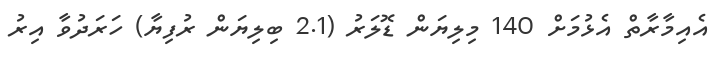
އެއިމާރާތް އެޅުމަށް 140 މިލިޔަން ޑޮލަރު (2.1 ބިލިޔަން ރުފިޔާ) ހަރަދުވާ އިރު